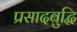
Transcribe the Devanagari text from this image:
प्रसादबुद्धि